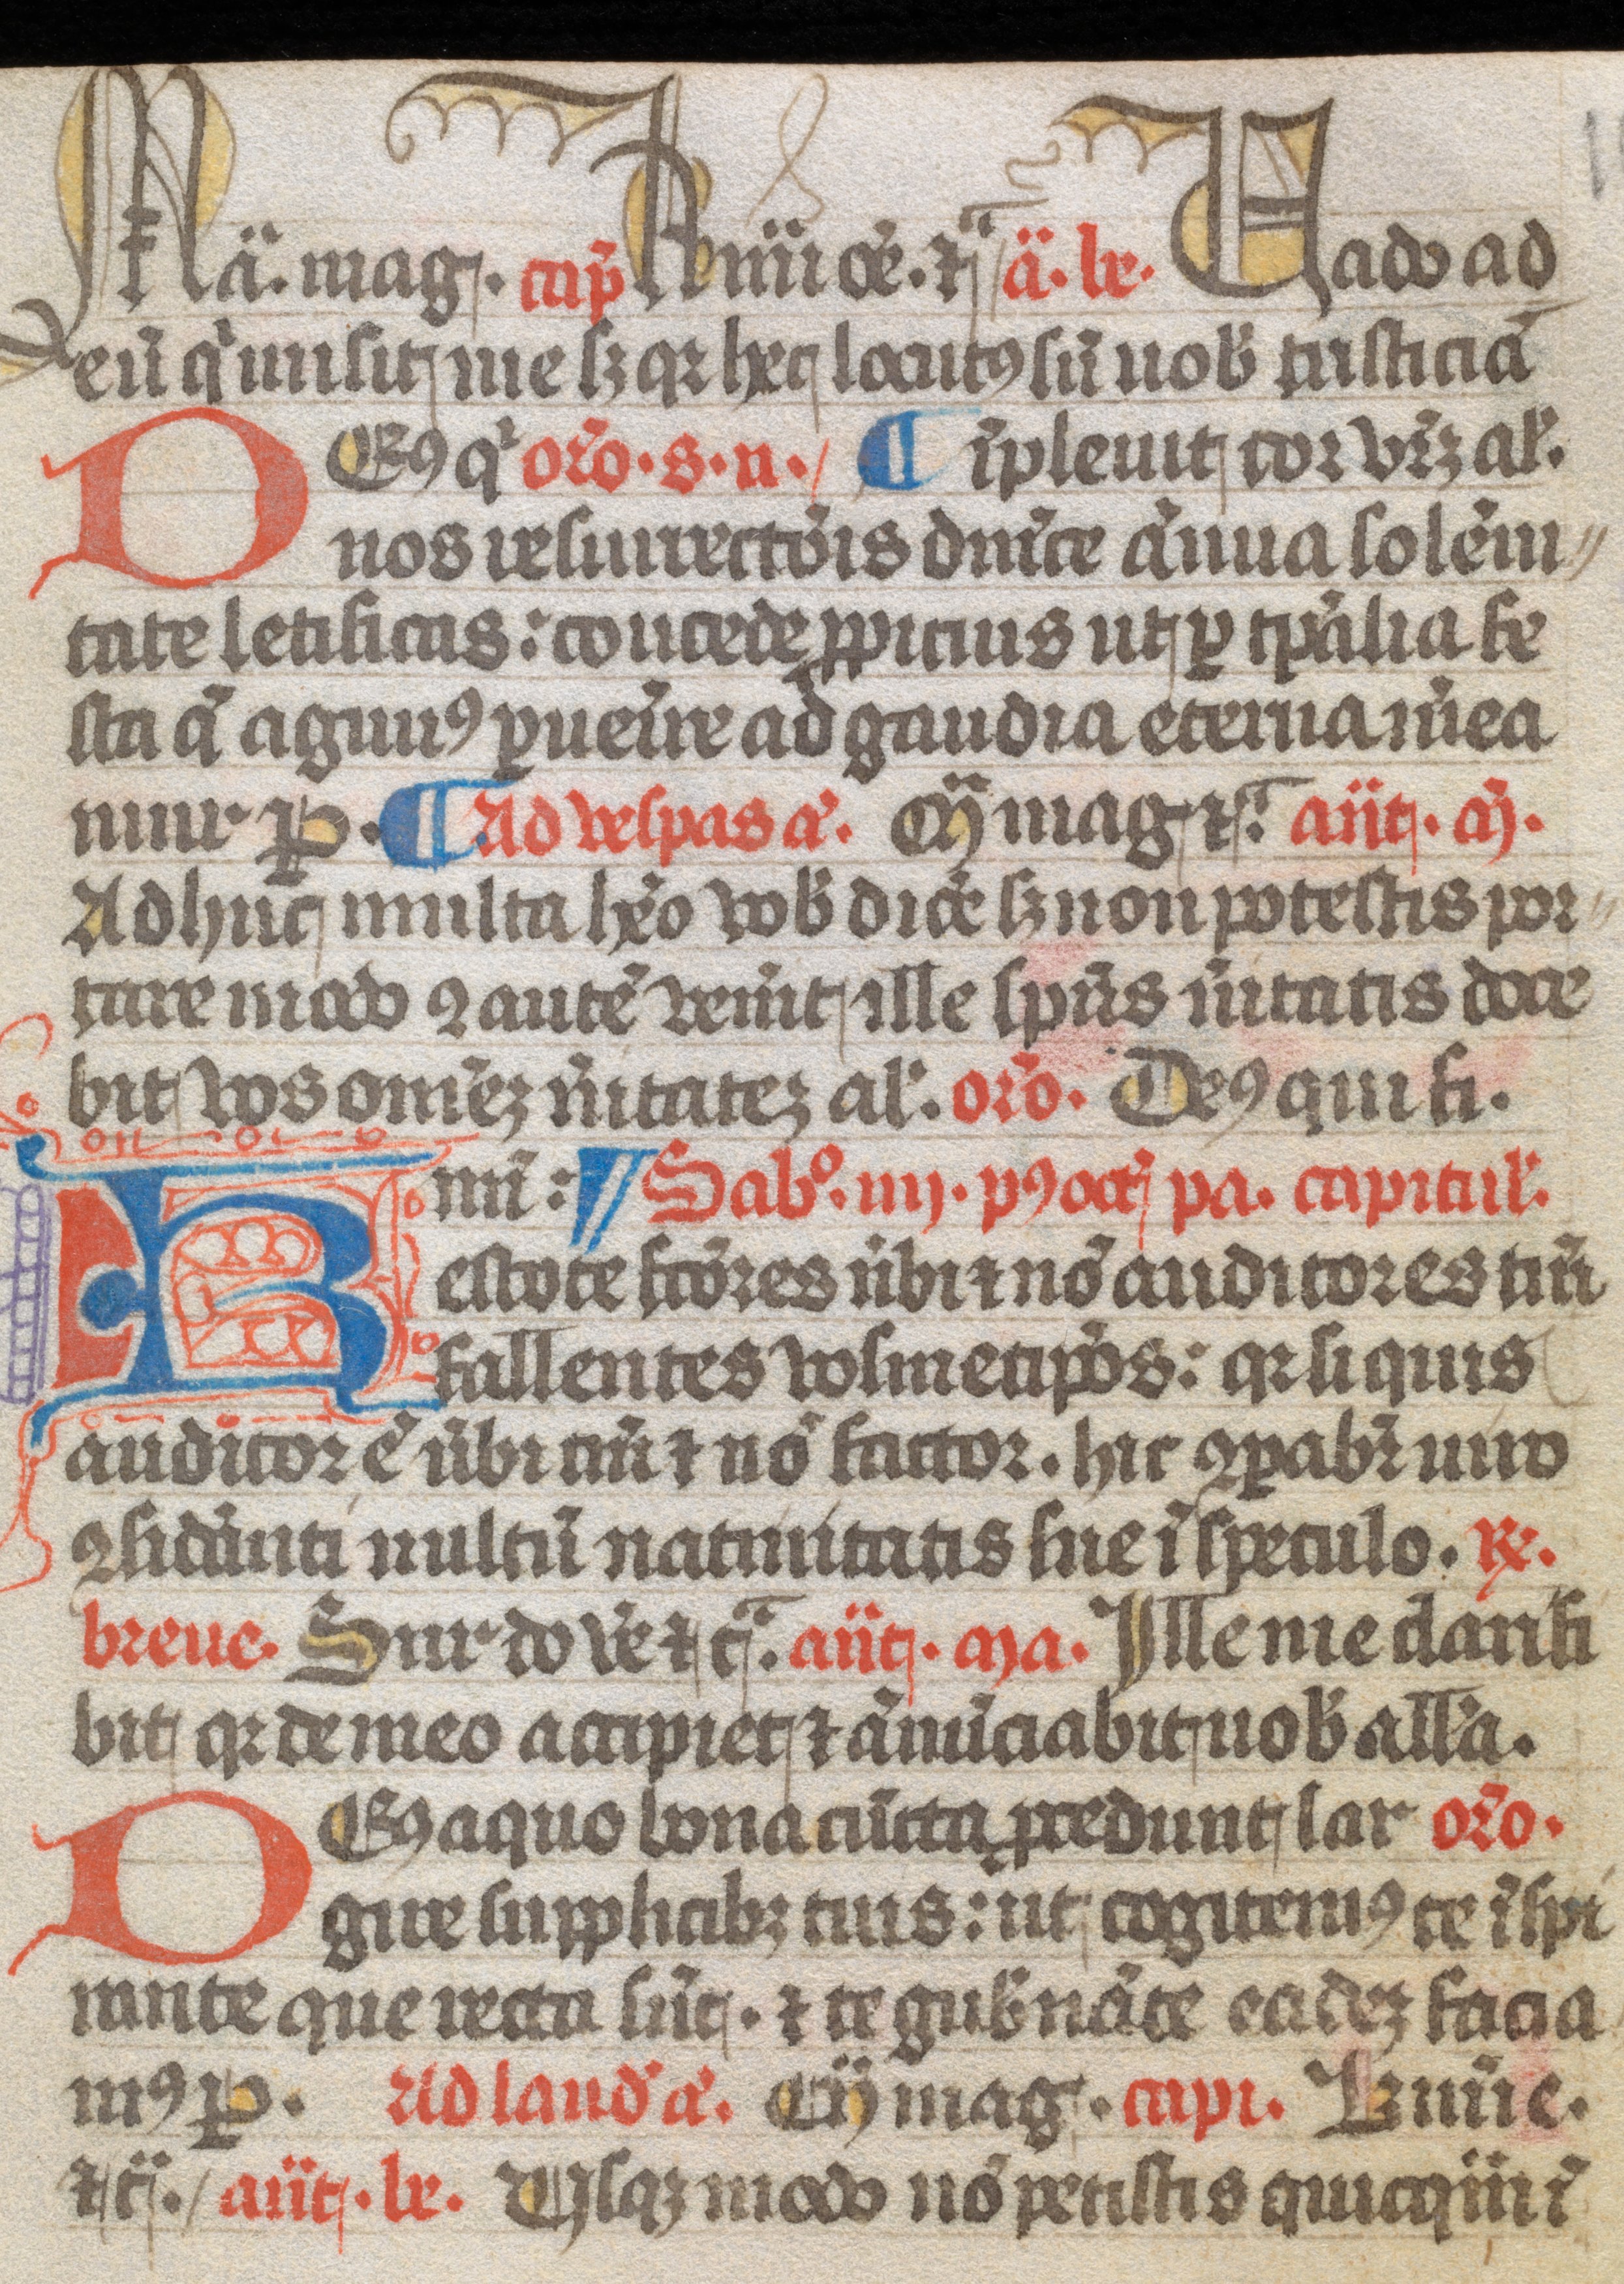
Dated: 1300–1399